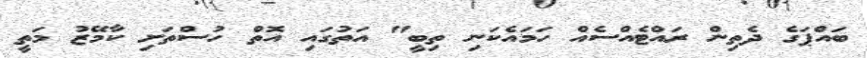
ބައްޕަގެ ދެތިން ރައްޓެއްސެއް ހަމައެކަނި ތިބީ" އަތުގައި އޮތް ހުސްތަށި ކާމޭޒު މަތީ